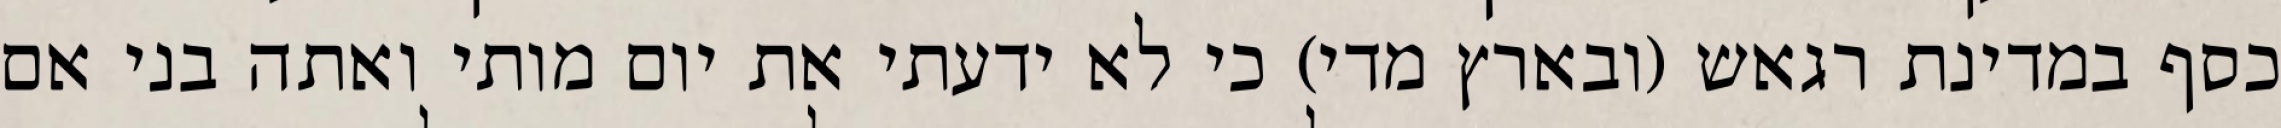
כסף במדינת רגאש (ובארץ מדי) כי לא ידעתי את יום מותי ואתה בני אם